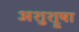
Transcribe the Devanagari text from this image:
अशुश्रूषा